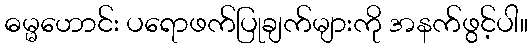
ဓမ္မဟောင်း ပရောဖက်ပြုချက်များကို အနက်ဖွင့်ပါ။